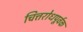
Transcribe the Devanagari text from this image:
चित्तरोधपूर्वक